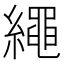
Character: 繩